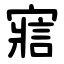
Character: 寣